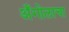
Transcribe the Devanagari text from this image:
अँगोलाचा